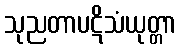
သုညတာပဋိသံယုတ္တာ